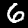
Digit: 6